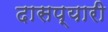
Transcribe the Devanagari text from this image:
दासप्यारी